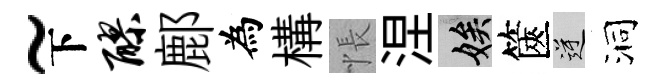
~下醪鄜為構悵涅娭篋逆洞